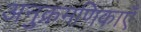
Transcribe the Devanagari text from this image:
अनुक्रमणिकाएँ